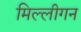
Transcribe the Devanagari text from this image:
मिल्लीगन